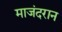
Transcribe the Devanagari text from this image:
माजंदरान